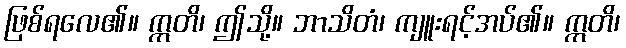
ဖြစ်ရလေ၏။ ဣတိ၊ ဤသို့။ ဘာသိတံ၊ ကျူးရင့်အပ်၏။ ဣတိ၊